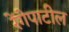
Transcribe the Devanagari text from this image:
रेंगेपाटील